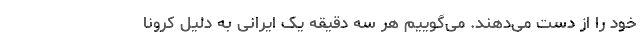
خود را از دست می‌‌دهند. می‌‌گوییم هر سه دقیقه یک ایرانی به دلیل کرونا